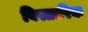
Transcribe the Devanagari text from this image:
विस्तारिक